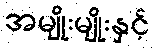
အမျိုးမျိုးနှင့်